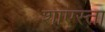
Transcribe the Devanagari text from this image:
शाएस्ता